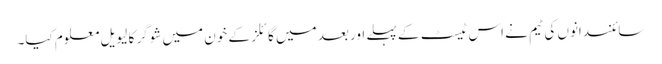
سائنسدانوں کی ٹیم نے اس ٹیسٹ کے پہلے اور بعد میں گائلز کے خون میں شوگر کا لیویل معلوم کیا۔